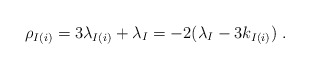
\begin{align*}\rho_{I(i)}= 3\lambda_{I(i)}+\lambda _I = -2(\lambda _I-3 k_{I(i)})~.\end{align*}